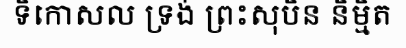
ទិកោសល ទ្រង់ ព្រះសុបិន និម្មិត